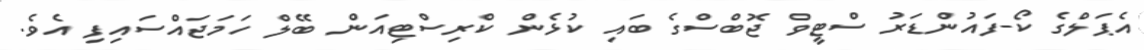
އެޕަލްގެ ކޯ-ފައުންޑަރު ސްޓީވް ޖޮބްސްގެ ބައި ކުޅެން ކްރިސްޓިއަން ބޭލް ހަމަޖައްސައިފި އެވެ.